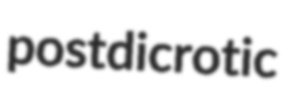
postdicrotic